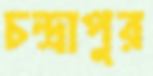
চন্দ্রাপুর